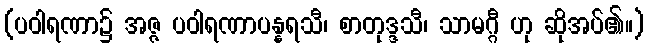
(ပဝါရဏာ၌ အဇ္ဇ ပဝါရဏာပန္နရသီ၊ စာတုဒ္ဒသီ၊ သာမဂ္ဂီ ဟု ဆိုအပ်၏။)